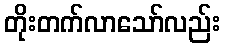
တိုးတက်လာသော်လည်း